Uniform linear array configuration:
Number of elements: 48
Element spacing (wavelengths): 1
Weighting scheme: hann
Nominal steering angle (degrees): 45
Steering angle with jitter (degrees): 45.855
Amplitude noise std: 0.05
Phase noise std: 0.05

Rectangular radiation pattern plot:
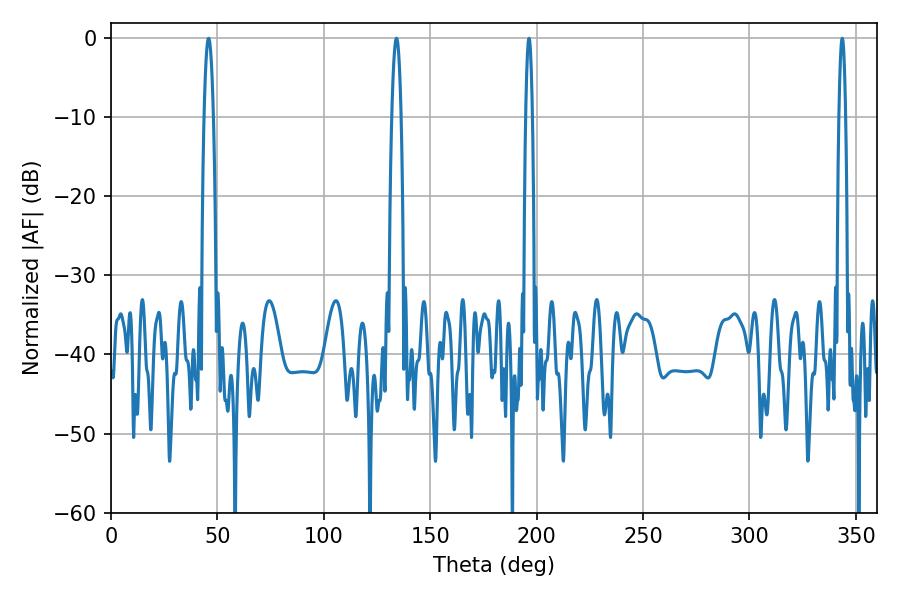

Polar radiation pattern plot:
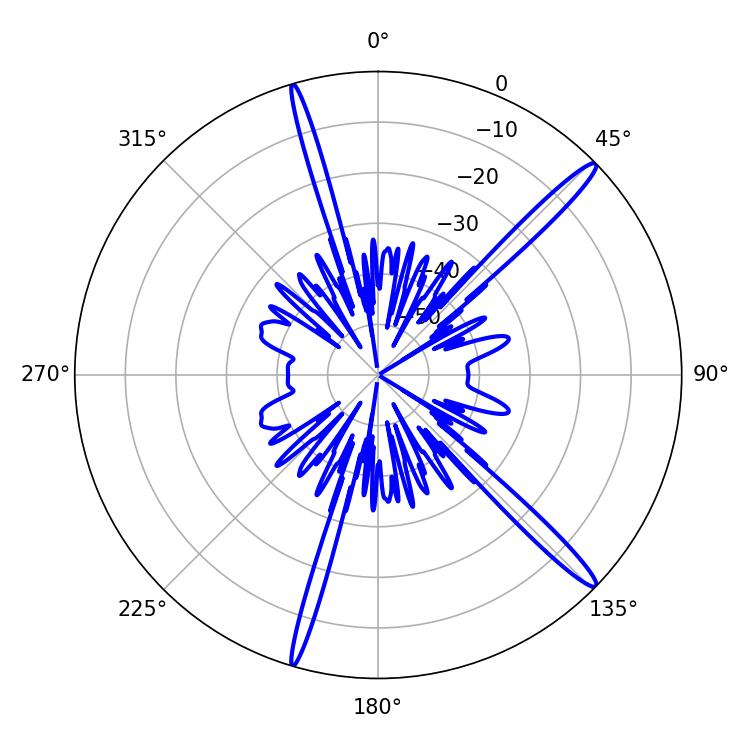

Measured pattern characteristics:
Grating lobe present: TRUE
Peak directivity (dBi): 16.27
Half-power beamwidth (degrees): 1.62
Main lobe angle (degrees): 196.38